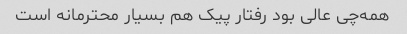
همه‌چی عالی بود رفتار پیک هم بسیار محترمانه است